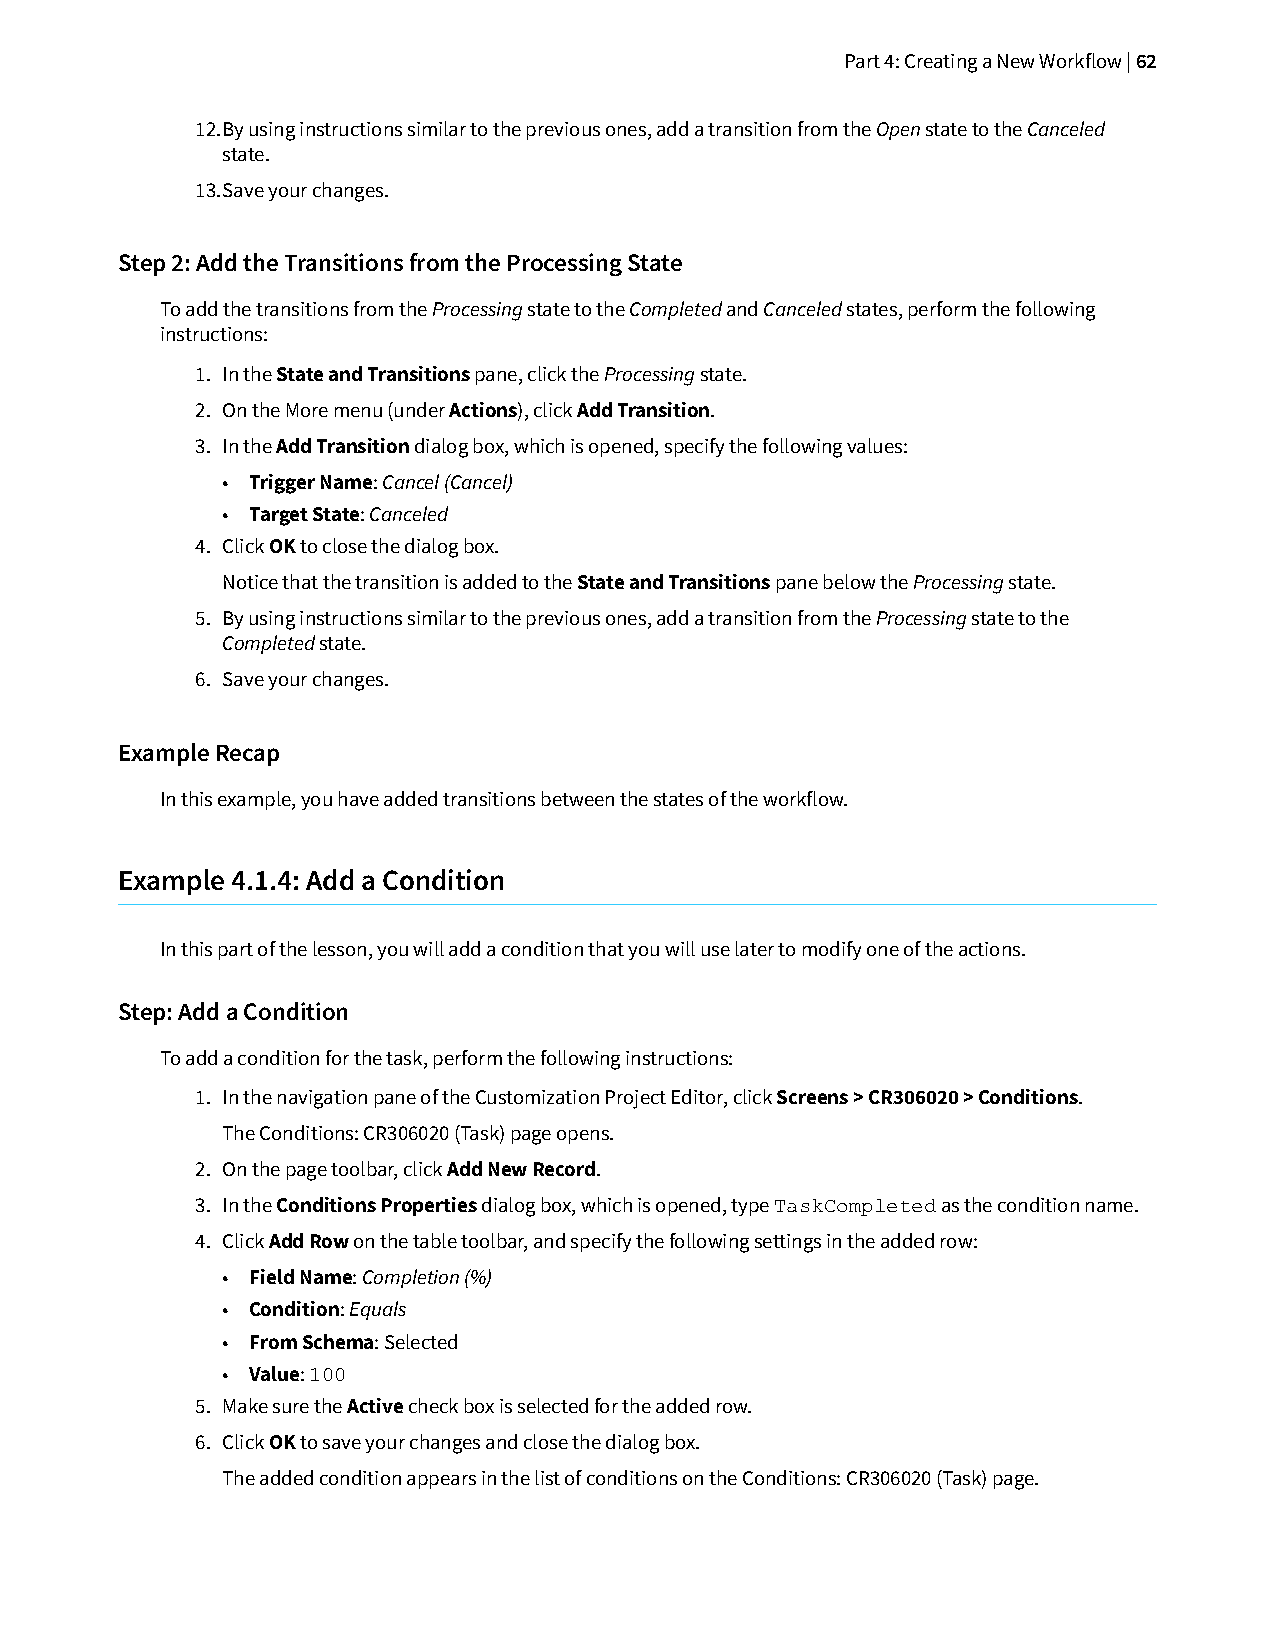
Part 4: Creating a New Workflow | 62
 12.By using instructions similar to the previous ones, add a transition from the Open state to the Canceled
 state.
 13.Save your changes.
 Step 2: Add the Transitions from the Processing State
 To add the transitions from the Processing state to the Completed and Canceled states, perform the following
 instructions:
 1. In the State and Transitions pane, click the Processing state.
 2. On the More menu (under Actions), click Add Transition.
 3. In the Add Transition dialog box, which is opened, specify the following values:
 • Trigger Name: Cancel (Cancel)
 • Target State: Canceled
 4. Click OK to close the dialog box.
 Notice that the transition is added to the State and Transitions pane below the Processing state.
 5. By using instructions similar to the previous ones, add a transition from the Processing state to the
 Completed state.
 6. Save your changes.
 Example Recap
 In this example, you have added transitions between the states of the workflow.
 Example 4.1.4: Add a Condition
 In this part of the lesson, you will add a condition that you will use later to modify one of the actions.
 Step: Add a Condition
 To add a condition for the task, perform the following instructions:
 1. In the navigation pane of the Customization Project Editor, click Screens > CR306020 > Conditions.
 The Conditions: CR306020 (Task) page opens.
 2. On the page toolbar, click Add New Record.
 3. In the Conditions Properties dialog box, which is opened, type as the condition name.
 TaskCompleted
 4. Click Add Row on the table toolbar, and specify the following settings in the added row:
 • Field Name: Completion (%)
 • Condition: Equals
 • From Schema: Selected
 • Value:
 100
 5. Make sure the Active check box is selected for the added row.
 6. Click OK to save your changes and close the dialog box.
 The added condition appears in the list of conditions on the Conditions: CR306020 (Task) page.